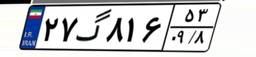
۲۷گ۸۱۶۵۳